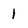
Character: 1